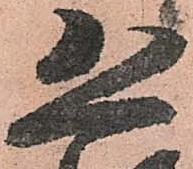
恐